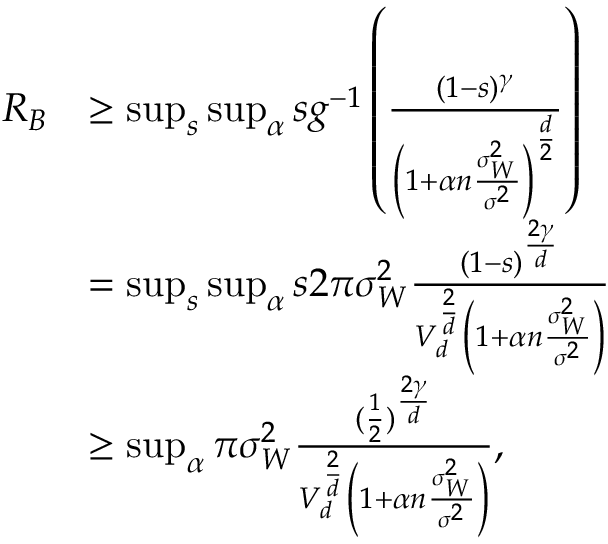
\begin{array} { r l } { R _ { B } } & { \geq \operatorname* { s u p } _ { s } \operatorname* { s u p } _ { \alpha } s g ^ { - 1 } \left( \frac { ( 1 - s ) ^ { \gamma } } { \left( 1 + \alpha n \frac { \sigma _ { W } ^ { 2 } } { \sigma ^ { 2 } } \right) ^ { \frac { d } { 2 } } } \right) } \\ & { = \operatorname* { s u p } _ { s } \operatorname* { s u p } _ { \alpha } s 2 \pi \sigma _ { W } ^ { 2 } \frac { ( 1 - s ) ^ { \frac { 2 \gamma } { d } } } { V _ { d } ^ { \frac { 2 } { d } } \left( 1 + \alpha n \frac { \sigma _ { W } ^ { 2 } } { \sigma ^ { 2 } } \right) } } \\ & { \geq \operatorname* { s u p } _ { \alpha } \pi \sigma _ { W } ^ { 2 } \frac { ( \frac { 1 } { 2 } ) ^ { \frac { 2 \gamma } { d } } } { V _ { d } ^ { \frac { 2 } { d } } \left( 1 + \alpha n \frac { \sigma _ { W } ^ { 2 } } { \sigma ^ { 2 } } \right) } , } \end{array}